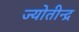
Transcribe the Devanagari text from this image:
ज्योतीन्द्र